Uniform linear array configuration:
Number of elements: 48
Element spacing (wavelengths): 0.5
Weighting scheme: hamming
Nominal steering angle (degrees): -45
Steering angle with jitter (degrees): -43.998
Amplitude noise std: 0.05
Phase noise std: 0.05

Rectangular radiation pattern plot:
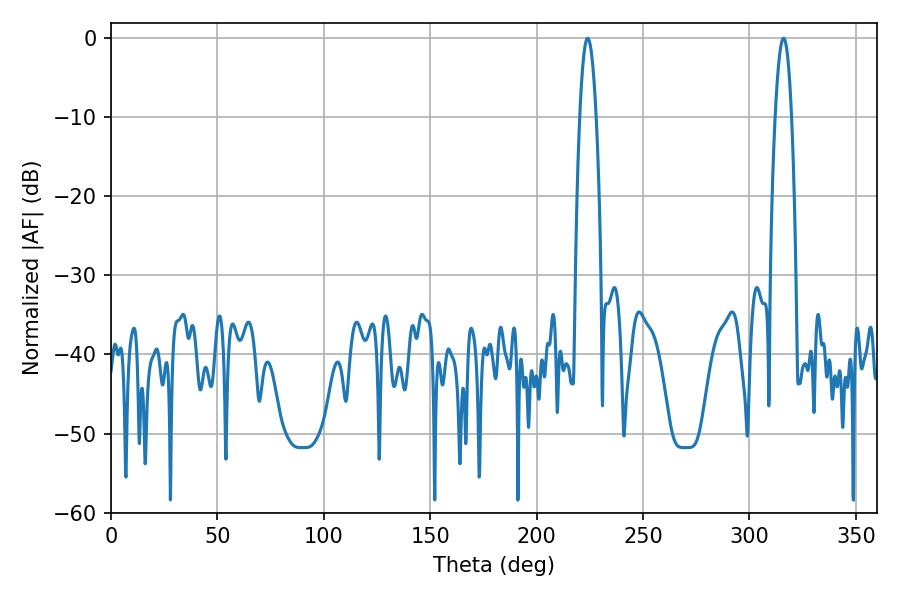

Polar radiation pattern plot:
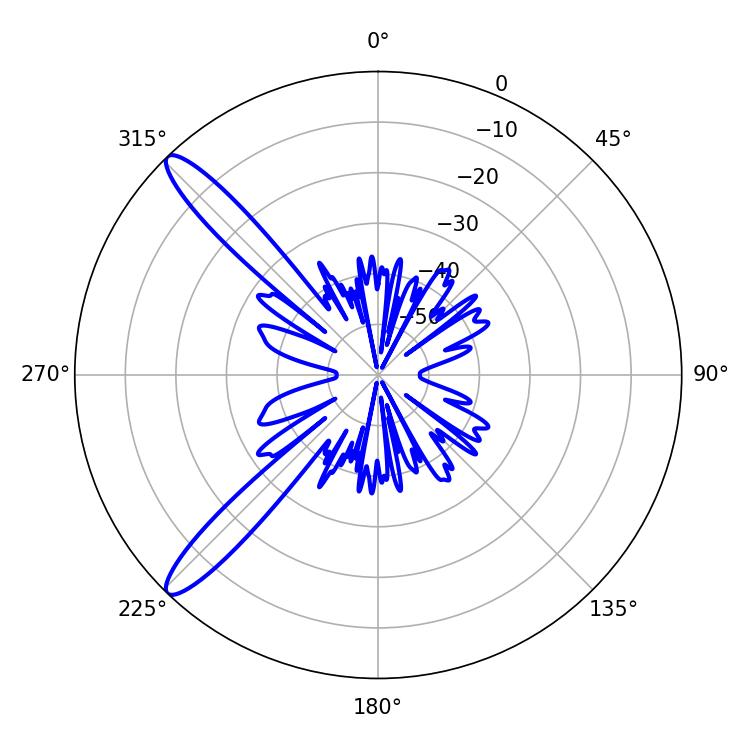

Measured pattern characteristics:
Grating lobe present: FALSE
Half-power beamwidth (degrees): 4.14
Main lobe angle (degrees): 223.92